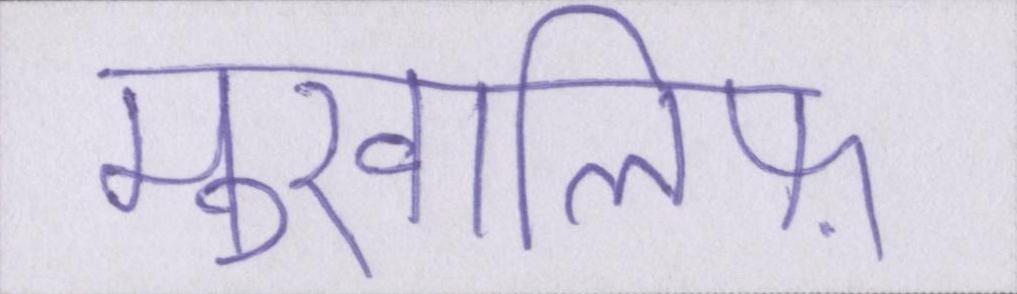
मुखालिफ़